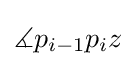
\measuredangle p_{i-1}p_{i}z